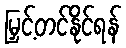
မြှင့်တင်နိုင်ရန်